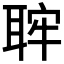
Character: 𦕵